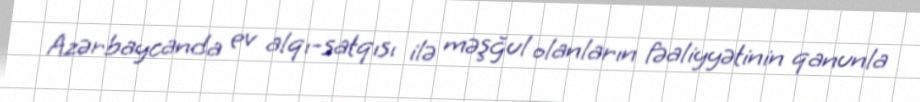
Azərbaycanda ev alqı-satqısı ilə məşğul olanların fəaliyyətinin qanunla